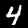
Label: 4